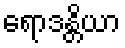
ရောဒန္တိယာ